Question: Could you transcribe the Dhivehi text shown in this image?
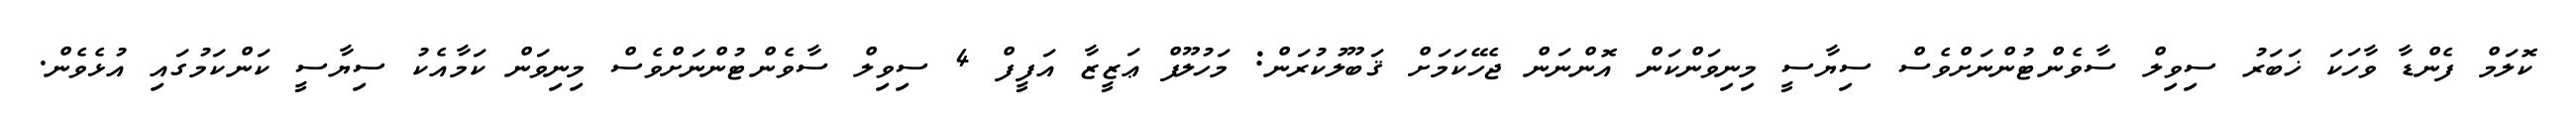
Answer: ކޮލަމް ފެންޑާ ވާހަކަ ޚަބަރު ސިވިލް ސާވެންޓުންނަށްވެސް ސިޔާސީ މިނިވަންކަން އޮންނަން ޖެހޭކަމަށް ޤަބޫލުކުރަން: މަހުލޫފް ޢަޒީޒާ އަފީފް 4 ސިވިލް ސާވެންޓުންނަށްވެސް މިނިވަން ކަމާއެކު ސިޔާސީ ކަންކަމުގައި އުޅެވެން.